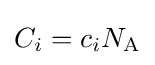
C_{i}=c_{i}N_{\text{A}}